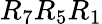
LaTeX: R_{7}R_{5}R_{1}